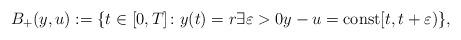
LaTeX: \begin{align*}B_+(y,u):= \{t \in [0, T] \colon y (t) = r \exists \varepsilon > 0 y - u = \mathrm{const} [t, t + \varepsilon)\},\end{align*}